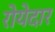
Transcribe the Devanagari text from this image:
रोयेदार